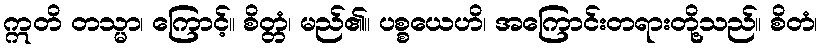
ဣတိ တသ္မာ၊ ကြောင့်။ စိတ္တံ၊ မည်၏။ ပစ္စယေဟိ၊ အကြောင်းတရားတို့သည်။ စိတံ၊